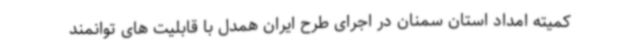
کمیته امداد استان سمنان در اجرای طرح ایران همدل با قابلیت های توانمند